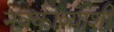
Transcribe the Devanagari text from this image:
नवकाव्याशी